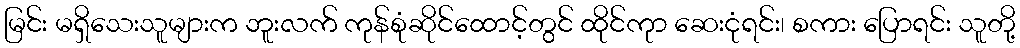
မြင်း မရှိသေးသူများက ဘူးလက် ကုန်စုံဆိုင်ထောင့်တွင် ထိုင်ကုာ ဆေးငုံရင်း၊ စကား ပြောရင်း သူတို့